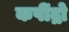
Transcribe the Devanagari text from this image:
कपींद्रो